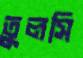
তুলসি